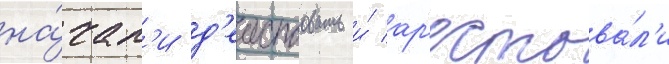
на́чал'и д'еиствовать и́ ар'естова́л'и